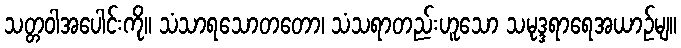
သတ္တဝါအပေါင်းကို။ သံသာရသောတတော၊ သံသရာတည်းဟူသော သမုဒ္ဒရာရေအယာဉ်မျ။